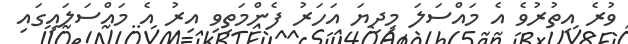
ވުރެ އިތުރުވެ އެ މައްސަލަ މިދިޔަ އަހަރު ފެންމަތިވި އިރު އެ މައްސަލައިގައި